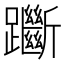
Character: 𨇰